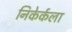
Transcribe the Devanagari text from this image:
निकेर्कला